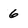
Character: 6